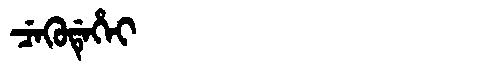
Manchu: ᠴᡝᡴᡠᡩᡝᡥᡝᡳ
Romanization: CEKUDEHEI